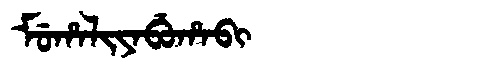
Manchu: ᠮᡠᡥᠠᠯᡳᠶᠠᠪᡠᡥᠠᠪᡳ
Romanization: MUHALIYABUHABI